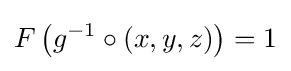
F\left(g^{-1}\circ (x,y,z)\right)=1